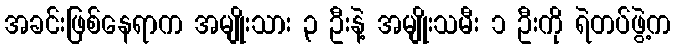
အခင်းဖြစ်နေရာက အမျိုးသား ၃ ဦးနဲ့ အမျိုးသမီး ၁ ဦးကို ရဲတပ်ဖွဲ့က